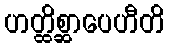
ဟတ္ထိစ္ဆာပေဟီတိ